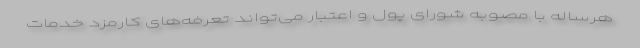
هرساله با مصوبه شورای پول و اعتبار می‌تواند تعرفه‌های کارمزد خدمات